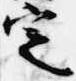
定